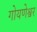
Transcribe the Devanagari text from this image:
गोयणेश्वर